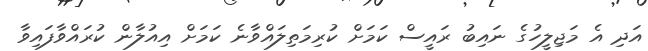
އަދި އެ މަޖިލީހުގެ ނައިބު ރައީސް ކަމަށް ކުރިމަތިލައްވާނެ ކަމަށް އިއުލާން ކުރައްވާފައިވާ